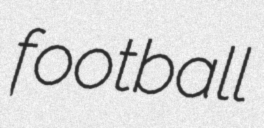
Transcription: football